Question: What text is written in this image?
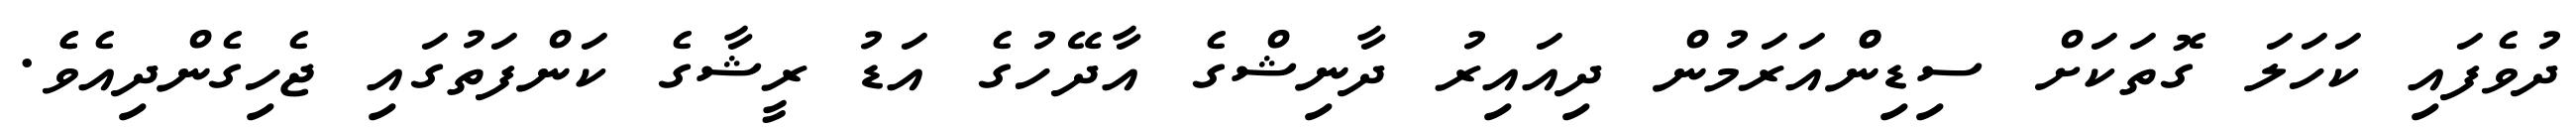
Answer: ދުވެފައި ކަހަލަ ގޮތަކަށް ސިޑިންްއަރަމުން ދިއައިރު ދާނިޝްގެ އާދޭހުގެ އަޑު ރީޝާގެ ކަންފަތުގައި ޖެހިގެންދިއެވެެ.